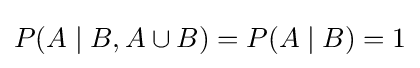
P(A\mid B,A\cup B)=P(A\mid B)=1